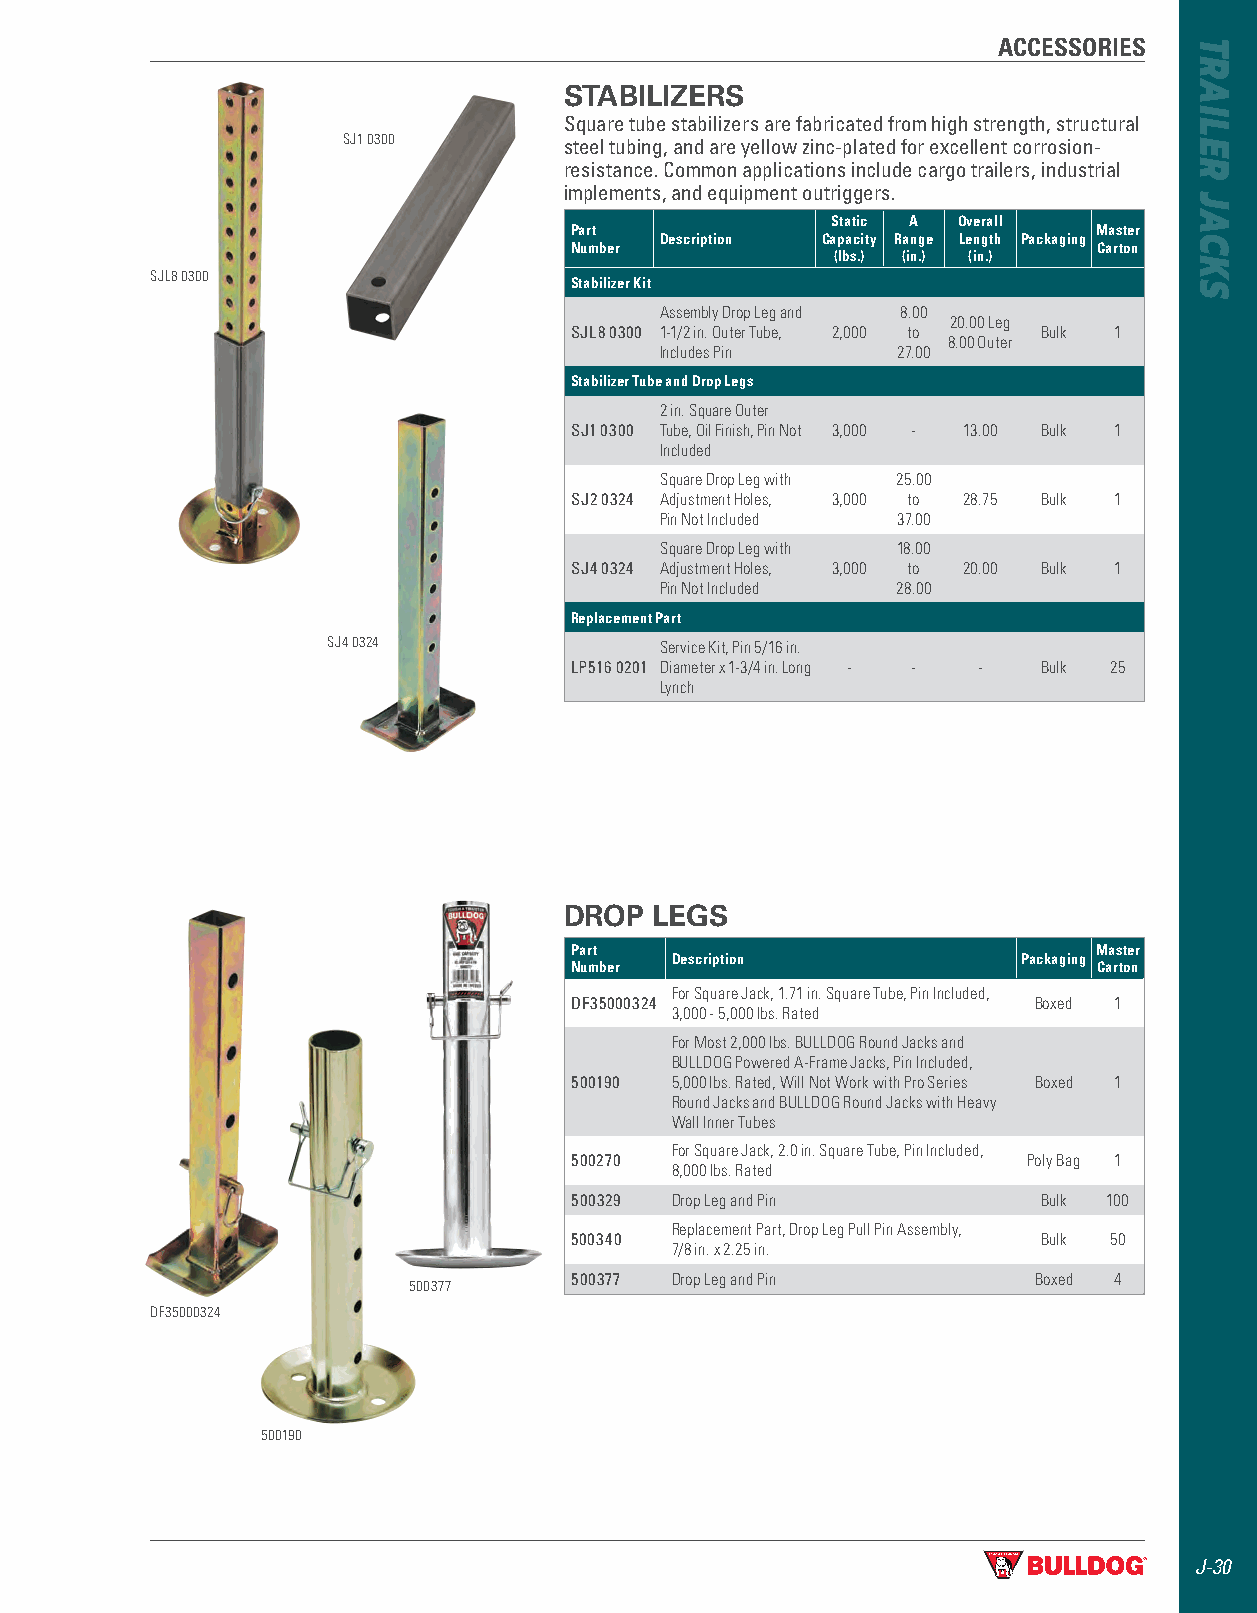
ACCESSORIES
 STABILIZERS
 Square tube stabilizers are fabricated from high strength, structural
 SJ1 0300      steel tubing, and are yellow zinc-plated for excellent corrosion-
 resistance . Common applications include cargo trailers, industrial
 implements, and equipment outriggers .
 Static A Overall
 Part                              Master
 Description Capacity Range Length Packaging
 Number                             Carton
 (lbs.) (in.) (in.)
 SJL8 0300
 Stabilizer Kit
 Assembly Drop Leg and 8.00
 20.00 Leg
 SJL8 0300 1-1/2 in. Outer Tube, 2,000 to Bulk 1
 8.00 Outer
 Includes Pin   27.00
 Stabilizer Tube and Drop Legs
 2 in. Square Outer
 SJ1 0300 Tube, Oil Finish, Pin Not 3,000 - 13.00 Bulk 1
 Included
 Square Drop Leg with 25.00
 SJ2 0324 Adjustment Holes, 3,000 to 28.75 Bulk 1
 Pin Not Included 37.00
 Square Drop Leg with 18.00
 SJ4 0324 Adjustment Holes, 3,000 to 20.00 Bulk 1
 Pin Not Included 28.00
 Replacement Part
 SJ4 0324              Service Kit, Pin 5/16 in.
 LP516 0201 Diameter x 1-3/4 in. Long - - - Bulk 25
 Lynch
 DROP  LEGS
 Part                               Master
 Description             Packaging
 Number                             Carton
 For Square Jack, 1.71 in. Square Tube, Pin Included,
 DF35000324                    Boxed 1
 3,000 - 5,000 lbs. Rated
 For Most 2,000 lbs. BULLDOG Round Jacks and
 BULLDOG Powered A-Frame Jacks, Pin Included,
 500190 5,000 lbs. Rated, Will Not Work with Pro Series Boxed 1
 Round Jacks and BULLDOG Round Jacks with Heavy
 Wall Inner Tubes
 For Square Jack, 2.0 in. Square Tube, Pin Included,
 500270                        Poly Bag 1
 8,000 lbs. Rated
 500329 Drop Leg and Pin        Bulk 100
 Replacement Part, Drop Leg Pull Pin Assembly,
 500340                         Bulk 50
 7/8 in. x 2.25 in.
 500377 Drop Leg and Pin       Boxed 4
 500377
 DF35000324
 500190
 J-30
 TRAILER
 JACKS